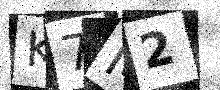
Text: K7M2